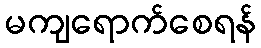
မကျရောက်စေရန်